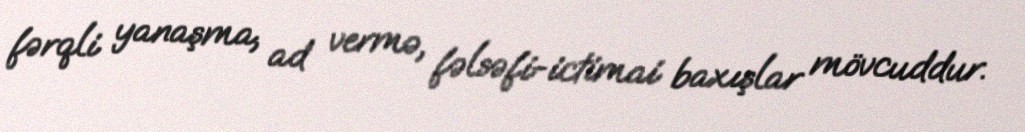
fərqli yanaşma, ad vermə, fəlsəfi-ictimai baxışlar mövcuddur.